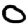
Digit: 0